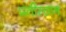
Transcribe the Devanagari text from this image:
प्रतीस्ठान